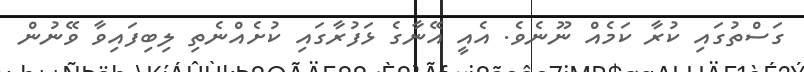
ގަސްތުގައި ކުރާ ކަމެއް ނޫނެވެ. އެއީ އޭނާގެ ޅަފުރާގައި ކުށެއްނެތި ލިބިފައިވާ ވޭނުން